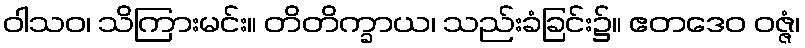
ဝါသဝ၊ သိကြားမင်း။ တိတိက္ခာယ၊ သည်းခံခြင်း၌။ ဧတဒေဝ ဝဇ္ဇံ၊